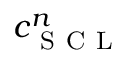
c _ { \mathrm { ~ S ~ C ~ L ~ } } ^ { n }